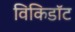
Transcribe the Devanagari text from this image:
विकिडॉट